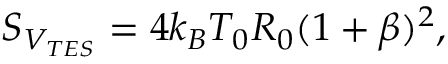
S _ { V _ { T E S } } = 4 k _ { B } T _ { 0 } R _ { 0 } ( 1 + \beta ) ^ { 2 } ,